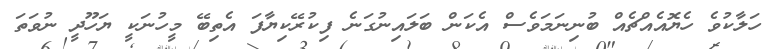
ހަލާކުވެ ހެޔޮއެއްޗެއް ބުނިނަމަވެސް އެކަން ބަލައިނުގަނެ ފިކުރޭކިޔާފަ އެތިބޭ މީހުނަކީ ޔަހޫދީ ނުވަތަ